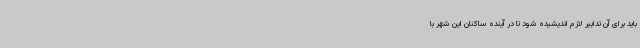
باید برای آن تدابیر لازم اندیشیده شود تا در آینده ساکنان این شهر با